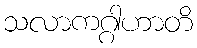
သလာကဂ္ဂါဟာတိ